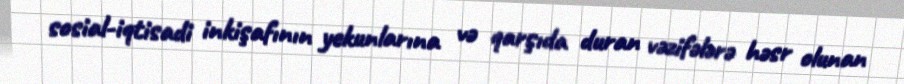
sosial-iqtisadi inkişafının yekunlarına və qarşıda duran vəzifələrə həsr olunan